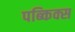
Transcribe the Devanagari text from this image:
पब्किक्स